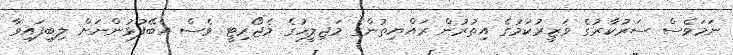
ނަމަވެސް ސަރުކާރުގެ ވަޒީރުކަމުގެ އިތުރުން ރައްޔިތުންގެ މަޖިލީހުގެ މެޖޯރިޓީ ވެސް އެބޭފުޅުންނަށް ލިބިފައިވާ